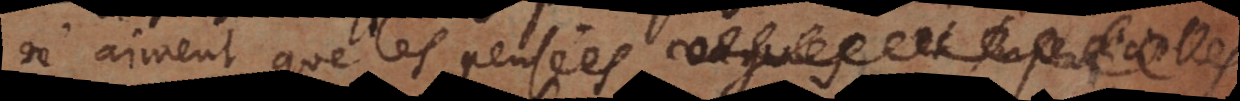
n’aiment que des pensées